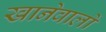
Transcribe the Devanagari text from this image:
खानेवालों